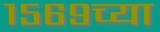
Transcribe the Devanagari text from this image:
१५६९च्या